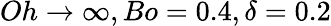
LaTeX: Oh\rightarrow\infty,Bo=0.4,\delta=0.2